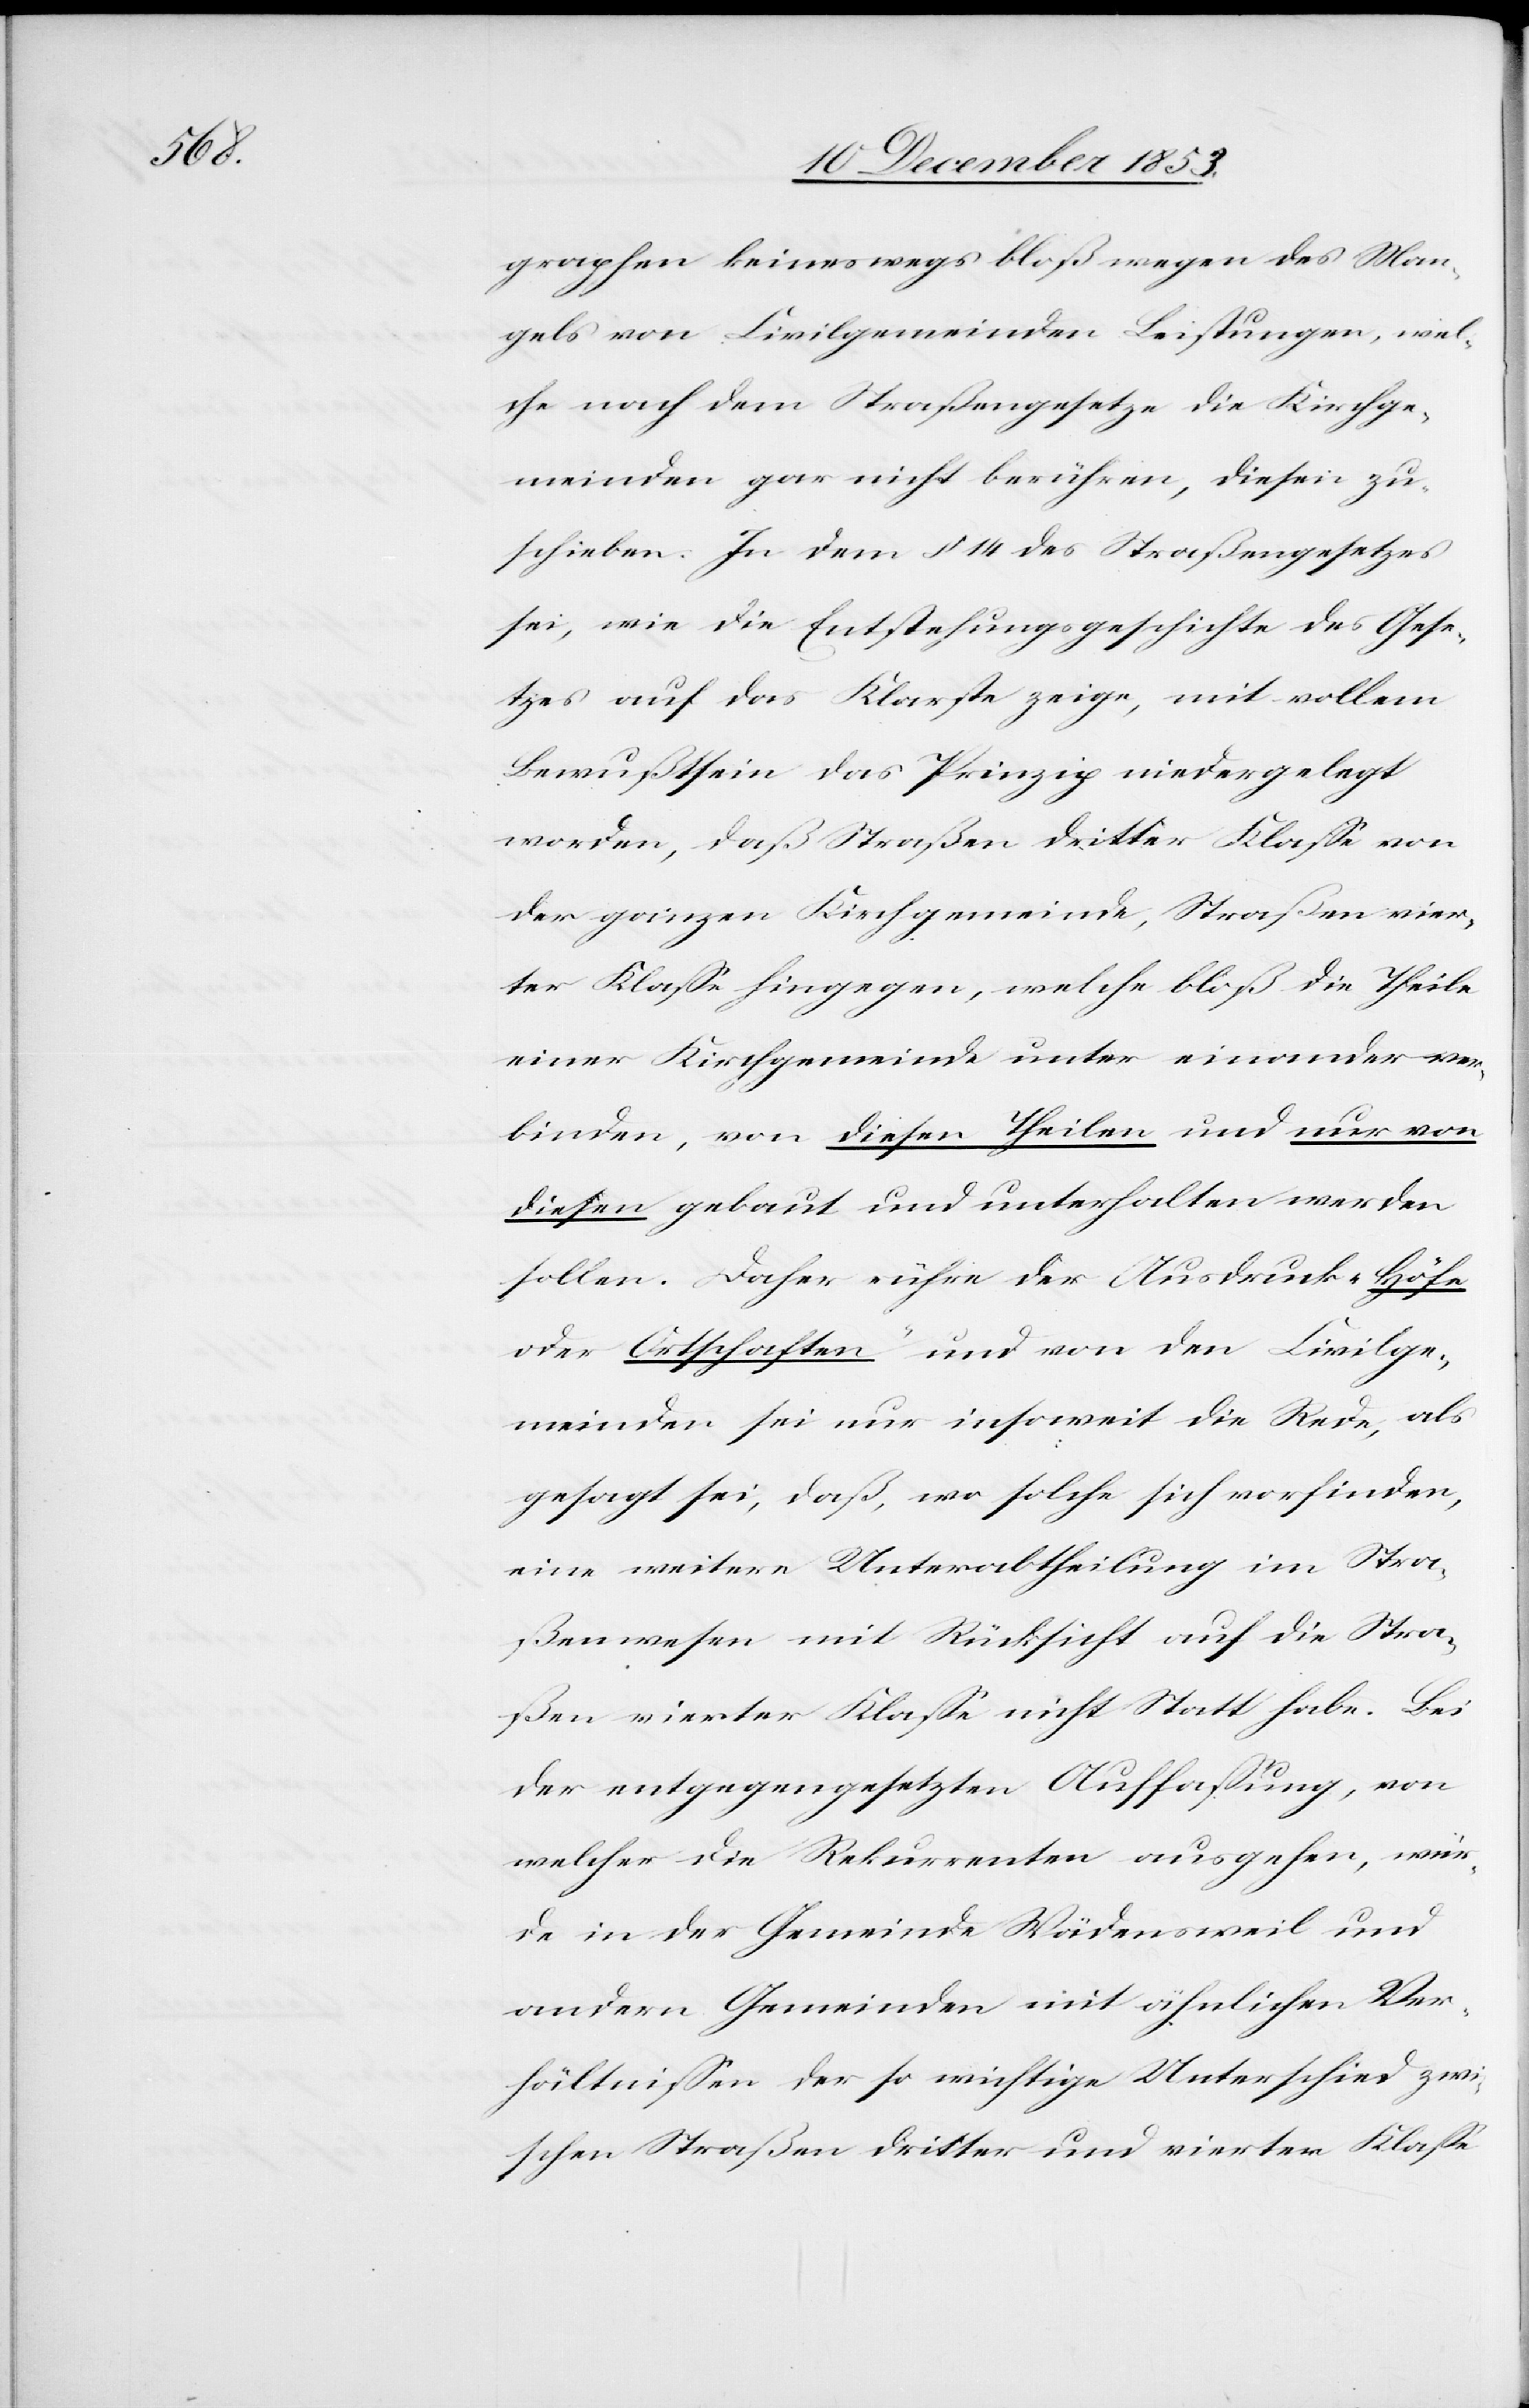
graphen keineswegs bloß wegen des Man¬
gels von Civilgemeinden Leistungen, wel¬
che nach dem Straßengesetze die Kirchge¬
meinden gar nicht berühren, diesen zu¬
schieben. In dem § 14 des Straßengesetzes
sei, wie die Entstehungsgeschichte des Gese¬
tzes auf das Klarste zeige, mit vollem
Bewußtsein das Prinzip niedergelegt
worden, daß Straßen dritter Klaße von
der ganzen Kirchgemeinde, Straßen vier¬
ter Klaße hingegen, welche bloß die Theile
einer Kirchgemeinde unter einander ver¬
binden, von diesen Theilen und nur von
diesen gebaut und unterhalten werden
sollen. Daher rühre der Ausdruck „Höfe
oder Ortschaften“ und von den Civilge¬
meinden sei nur insoweit die Rede, als
gesagt sei, daß, wo solche sich vorfinden,
eine weitere Unterabtheilung im Stra¬
ßenwesen mit Rücksicht auf die Stra¬
ßen vierter Klaße nicht Statt habe. Bei
der entgegengesetzten Auffaßung, von
welcher die Rekurrenten ausgehen, wür¬
de in der Gemeinde Wädensweil und
andern Gemeinden mit ähnlichen Ver¬
hältnißen der so wichtige Unterschied zwi¬
schen Straßen dritter und vierter Klaße